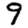
Digit: 9